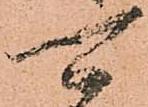
可